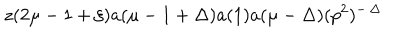
z ( 2 \mu - 1 + \xi ) a ( \mu - 1 + \Delta ) a ( 1 ) a ( \mu - \Delta ) ( p ^ { 2 } ) ^ { - \, \Delta }